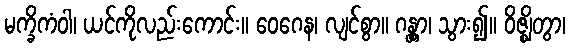
မက္ခိကံဝါ၊ ယင်ကိုလည်းကောင်း။ ဝေဂေန၊ လျင်စွာ။ ဂန္တွာ၊ သွား၍။ ဝိဇ္ဈိတွာ၊